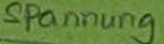
Text: Spannung